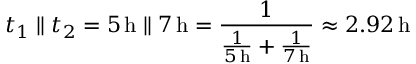
t _ { 1 } \parallel t _ { 2 } = 5 \, \mathrm { h } \parallel 7 \, \mathrm { h } = { \frac { 1 } { { \frac { 1 } { 5 \, \mathrm { h } } } + { \frac { 1 } { 7 \, \mathrm { h } } } } } \approx 2 . 9 2 \, \mathrm { h }